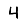
Digit: 4